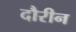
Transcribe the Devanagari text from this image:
दौरीन